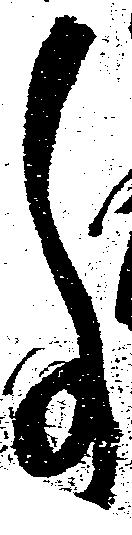
事